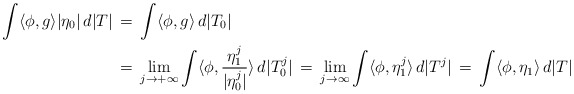
\begin{align*}\int \langle\phi,g\rangle |\eta_0| \,d|T| \,&=\, \int \langle\phi, g\rangle \,d|T_0| \\ &=\, \lim_{j\to+\infty}\int \langle\phi,\frac{\eta^j_1}{|\eta_0^j|}\rangle\,d|T_0^j| \,=\, \lim_{j\to\infty} \int \langle\phi ,\eta_1^j\rangle \,d|T^j| \,=\, \int \langle\phi,\eta_1 \rangle\,d|T|\end{align*}